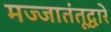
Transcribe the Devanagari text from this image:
मज्जातंतूद्वारे